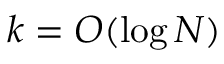
k = O ( \log N )